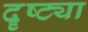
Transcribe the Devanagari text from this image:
दॄष्ट्या